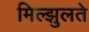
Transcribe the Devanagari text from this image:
मिल्झुलते